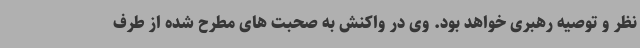
نظر و توصیه رهبری خواهد بود. وی در واکنش به صحبت های مطرح شده از طرف